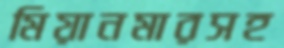
মিয়ানমারসহ